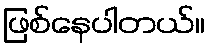
ဖြစ်နေပါတယ်။